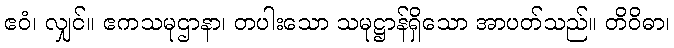
ဧဝံ၊ လျှင်။ ဧကသမုဌာနာ၊ တပါးသော သမုဋ္ဌာန်ရှိသော အာပတ်သည်။ တိဝိဓာ၊